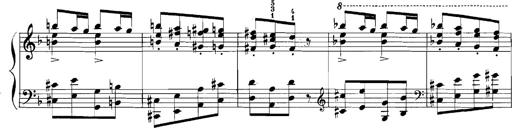
Title: Rhapsodies hongroises
Composer: Franz Liszt